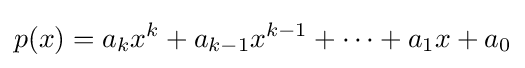
p(x)=a_{k}x^{k}+a_{k-1}x^{k-1}+\cdots +a_{1}x+a_{0}